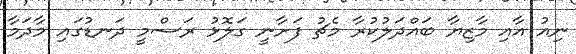
ނިއު އާއި މާޒިޔާ ބައްދަލުކުރާ މެޗު ފަށާނީ ގަލޮޅު ރަސްމީ ދަނޑުގައި މާދަމާ